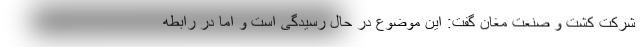
شرکت کشت و صنعت مغان گفت: این موضوع در حال رسیدگی است و اما در رابطه